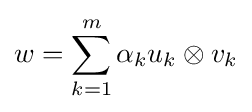
w=\sum _{k=1}^{m}\alpha _{k}u_{k}\otimes v_{k}